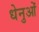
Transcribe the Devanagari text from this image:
धेनुओं